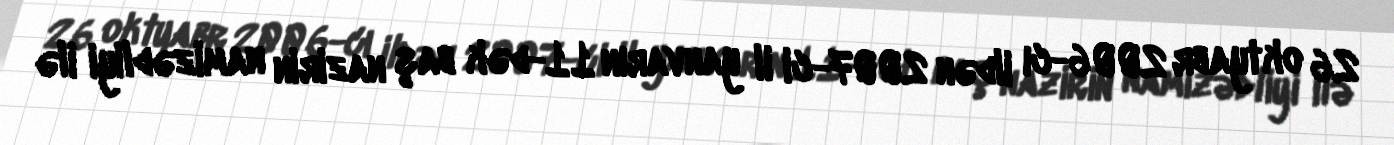
26 oktyabr 2006-cı ildən 2007-ci il yanvarın 11-dək baş nazirin namizədliyi ilə